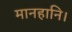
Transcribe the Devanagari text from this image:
मानहानि।